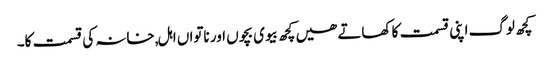
کچھ لوگ اپنی قسمت کا کھاتے ھیں کچھ بیوی بچوں اور ناتواں اہل,خانہ کی قسمت کا۔